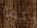
كما